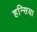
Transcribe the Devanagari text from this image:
हन्सिया